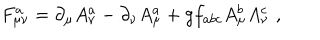
F _ { \mu \nu } ^ { a } = \partial _ { \mu } A _ { \nu } ^ { a } - \partial _ { \nu } A _ { \mu } ^ { a } + g f _ { a b c } A _ { \mu } ^ { b } A _ { \nu } ^ { c } \, \, ,